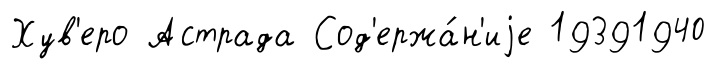
Хув'еро Астрада Сод'ержа́н'иjе 19391940